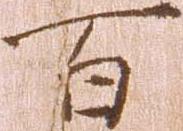
百